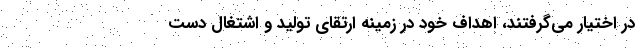
در اختیار می‌گرفتند، اهداف خود در زمینه ارتقای تولید و اشتغال دست